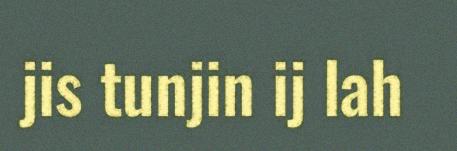
jis tunjin ij lah